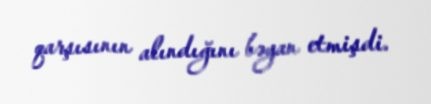
qarşısının alındığını bəyan etmişdi.